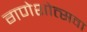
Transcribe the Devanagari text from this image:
गणेशोत्सवा